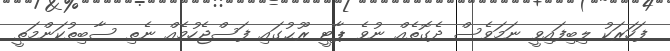
ފަހަރަކު ލިބިފައިވީ ނަމަވެސް ދެގޮތެއް ނުވެ ޕާޓީ ރޫޙުގައި ފަސްޖެހުމެއް ނެތި ސާބިތުކަންމަތީ